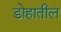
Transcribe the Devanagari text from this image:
डोहातील